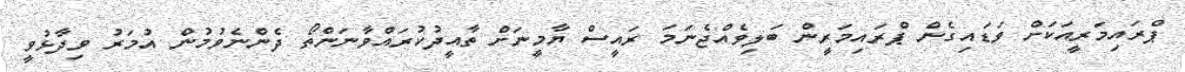
ޕްރައިމަރީއަކަށް ވަޑައިގެން ޕްރައިމަރީން ބަލިވެއްޖެނަމަ ރައީސް ޔާމީނަށް ތާއީދުކުރައްވާނަންތޯ ދެންނެވުމުން އުމަރު ވިދާޅުވީ